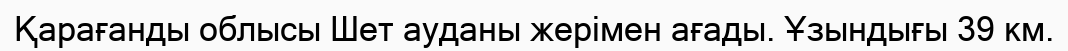
Қарағанды облысы Шет ауданы жерімен ағады. Ұзындығы 39 км.